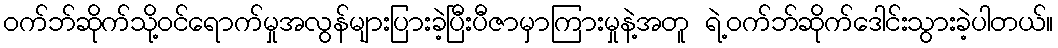
ဝက်ဘ်ဆိုက်သို့ဝင်ရောက်မှုအလွန်များပြားခဲ့ပြီးပီဇာမှာကြားမှုနဲ့အတူ ရဲ့ဝက်ဘ်ဆိုက်ဒေါင်းသွားခဲ့ပါတယ်။